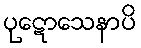
ပုဋောသေနာပိ